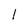
Character: 1